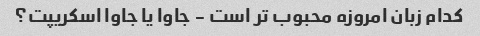
کدام زبان امروزه محبوب تر است - جاوا یا جاوا اسکریپت؟